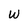
Character: W